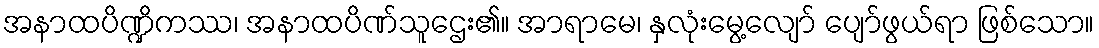
အနာထပိဏ္ဍိကဿ၊ အနာထပိဏ်သူဌေး၏။ အာရာမေ၊ နှလုံးမွေ့လျော် ပျော်ဖွယ်ရာ ဖြစ်သော။